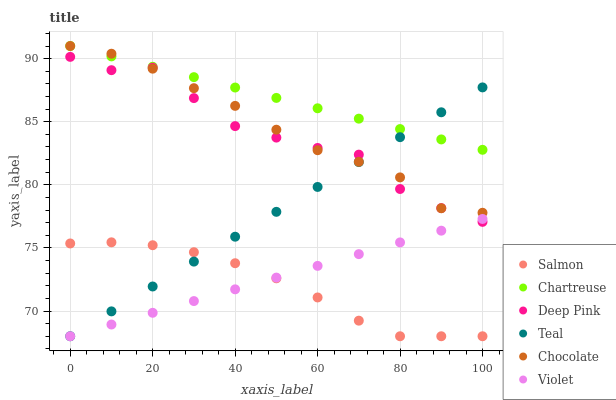
| xaxis_label | Salmon | Chartreuse | Deep Pink | Teal | Chocolate | Violet |
 | --- | --- | --- | --- | --- | --- | --- |
 | 0 | 75.4 | 91 | 90.1 | 68 | 91 | 68 |
 | 10 | 75.4 | 90.2 | 89.1 | 70 | 90.4 | 68.9 |
 | 20 | 75.2 | 89.4 | 89.3 | 71.9 | 89.2 | 69.9 |
 | 30 | 74.7 | 88.5 | 86.9 | 73.9 | 87.7 | 70.8 |
 | 40 | 73.8 | 87.7 | 84.7 | 75.9 | 86.3 | 71.7 |
 | 50 | 72.6 | 86.9 | 83.7 | 77.9 | 84.4 | 72.6 |
 | 60 | 71.1 | 86.1 | 82.9 | 79.8 | 82.7 | 73.6 |
 | 70 | 69.2 | 85.2 | 82.4 | 81.8 | 81.8 | 74.5 |
 | 80 | 68 | 84.4 | 79.7 | 83.8 | 80.6 | 75.4 |
 | 90 | 68 | 83.6 | 78.2 | 85.7 | 78.1 | 76.4 |
 | 100 | 68 | 82.8 | 77.1 | 87.7 | 77.8 | 77.3 |